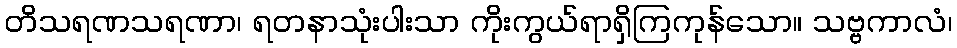
တိသရဏသရဏာ၊ ရတနာသုံးပါးသာ ကိုးကွယ်ရာရှိကြကုန်သော။ သဗ္ဗကာလံ၊